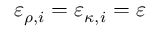
\varepsilon _ { \rho , i } = \varepsilon _ { \kappa , i } = \varepsilon